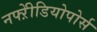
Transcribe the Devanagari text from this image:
नफ्ऱेीडियोपोर्स